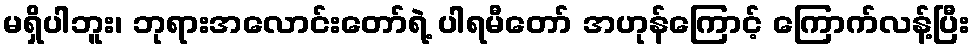
မရှိပါဘူး၊ ဘုရားအလောင်းတော်ရဲ့ ပါရမီတော် အဟုန်ကြောင့် ကြောက်လန့်ပြီး